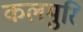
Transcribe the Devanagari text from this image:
कलमुरि